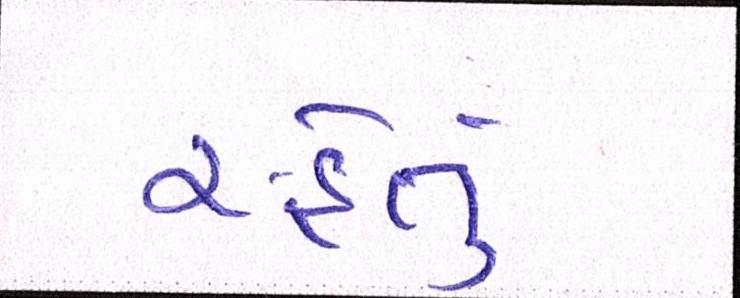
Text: રહેતું